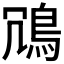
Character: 𫚲